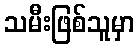
သမီးဖြစ်သူမှာ